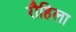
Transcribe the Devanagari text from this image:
रौहिला